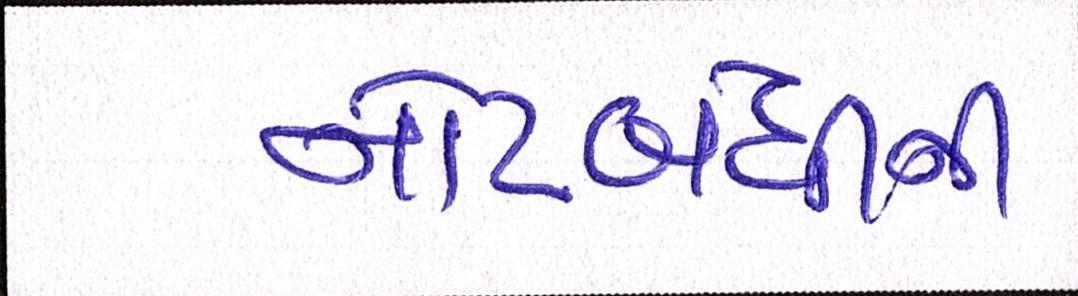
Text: નોટબંધીની